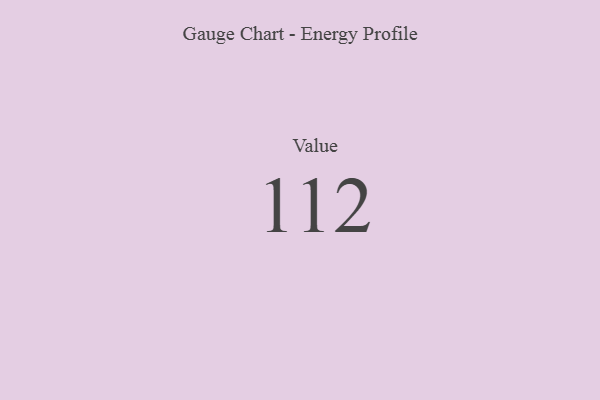
{"axis": {"x": "Metric", "y": "Value"}, "legend": [""], "data": [{"x": "Value", "y": 112, "type": ""}]}